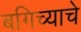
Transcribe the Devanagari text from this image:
बगिच्याचे